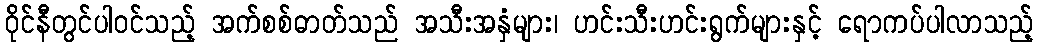
ဝိုင်နီတွင်ပါဝင်သည့် အက်စစ်ဓာတ်သည် အသီးအနှံများ၊ ဟင်းသီးဟင်းရွက်များနှင့် ရောကပ်ပါလာသည့်